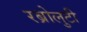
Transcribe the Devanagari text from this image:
रब्रोलुटी